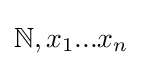
\mathbb {N} ,x_{1}...x_{n}